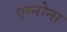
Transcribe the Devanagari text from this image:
एग्नोना